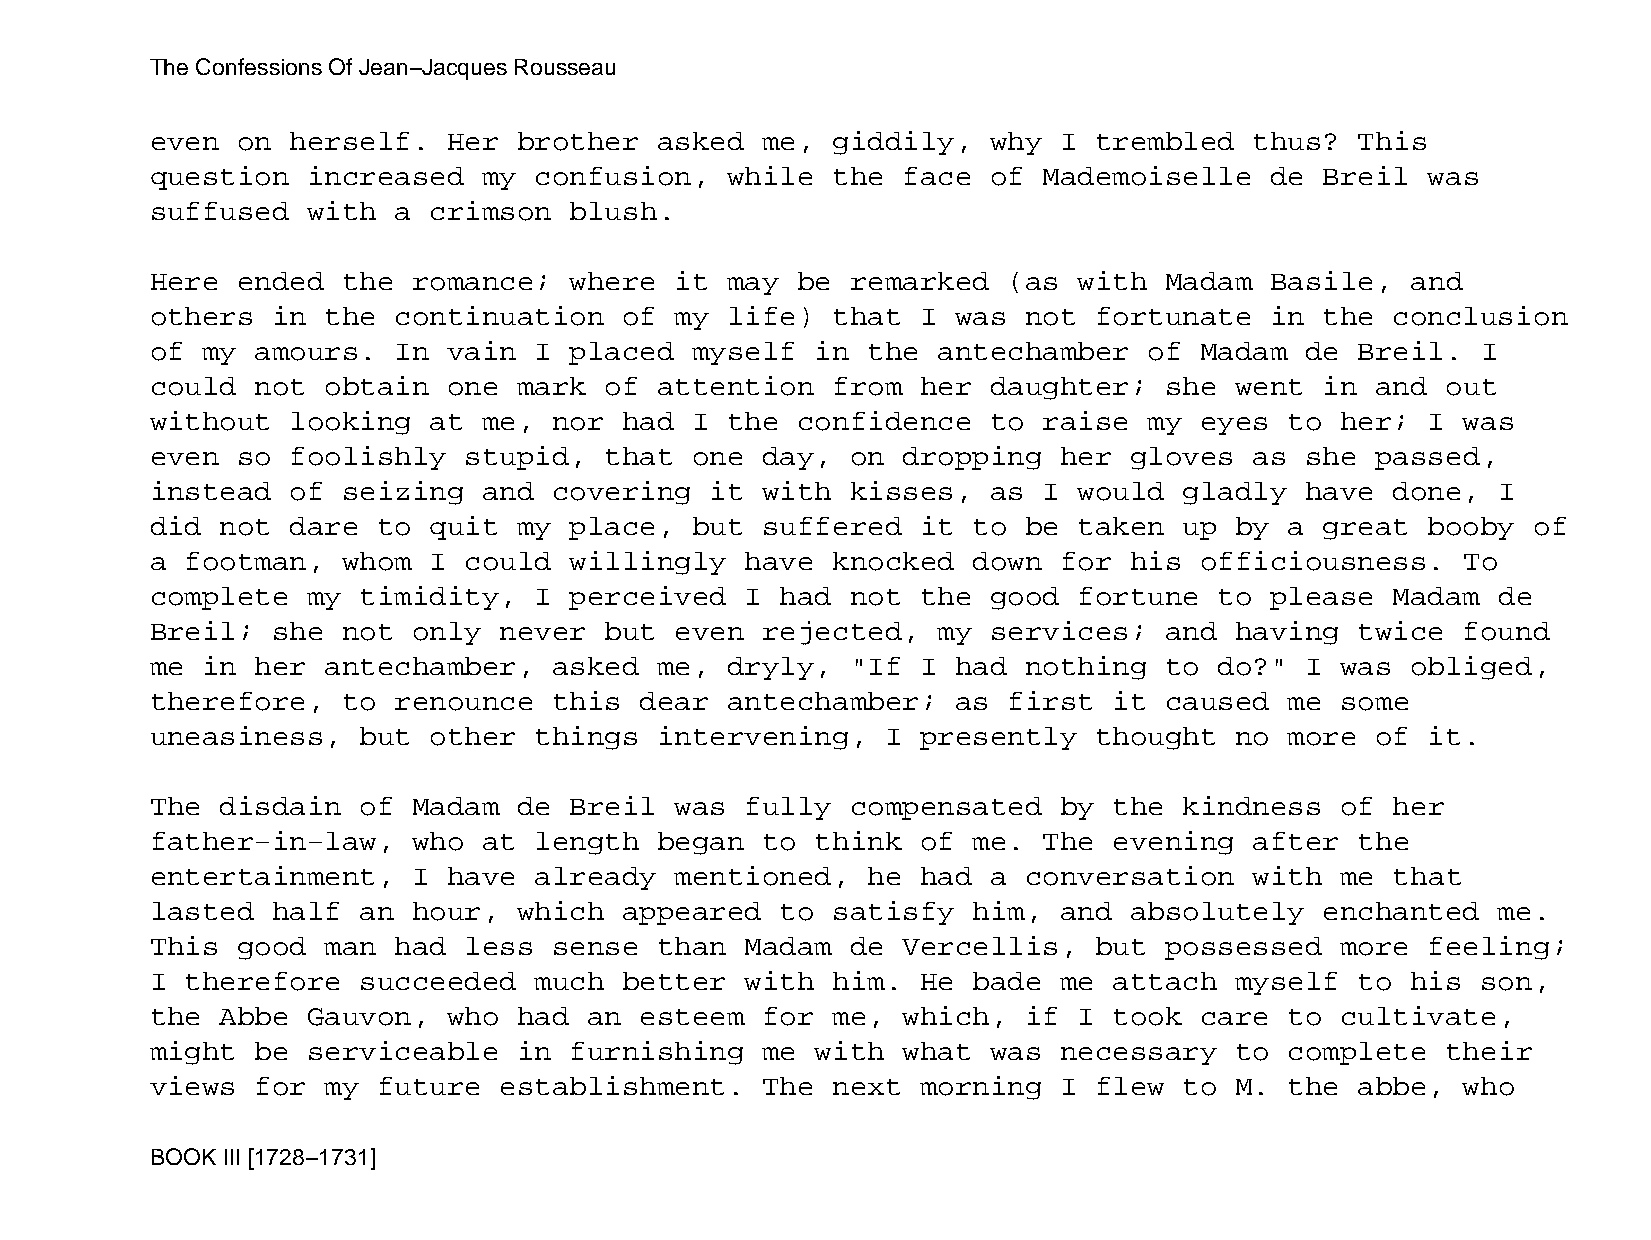
The Confessions Of Jean−Jacques Rousseau
 even  on herself.   Her brother   asked me,  giddily,   why I trembled   thus?  This
 question  increased   my confusion,   while  the  face  of Mademoiselle   de  Breil  was
 suffused  with  a crimson   blush.
 Here  ended  the romance;   where  it may  be remarked   (as with  Madam  Basile,  and
 others  in  the continuation   of  my life)  that  I was  not fortunate   in  the conclusion
 of my  amours.  In  vain I  placed  myself  in the  antechamber   of Madam  de  Breil.  I
 could  not  obtain  one mark  of  attention  from  her  daughter;  she  went  in and  out
 without  looking  at  me,  nor had  I the  confidence   to raise  my eyes  to  her;  I was
 even  so foolishly   stupid,  that  one day,  on  dropping  her  gloves  as she  passed,
 instead  of  seizing  and  covering  it with  kisses,   as I would  gladly  have  done,  I
 did  not dare  to quit  my  place,  but suffered   it to  be taken  up  by a  great  booby of
 a footman,   whom I  could  willingly  have  knocked  down  for  his officiousness.    To
 complete  my  timidity,  I  perceived  I  had not  the  good fortune   to please  Madam  de
 Breil;  she  not only  never  but  even rejected,   my  services;  and  having  twice  found
 me in  her  antechamber,   asked  me, dryly,  "If  I had  nothing  to  do?" I  was obliged,
 therefore,   to renounce   this dear  antechamber;   as  first  it caused  me  some
 uneasiness,   but other  things   intervening,   I presently  thought   no more  of  it.
 The  disdain  of Madam  de  Breil  was fully  compensated   by  the kindness   of her
 father−in−law,   who  at length   began to  think  of me.  The  evening  after  the
 entertainment,   I  have already   mentioned,  he  had  a conversation   with  me that
 lasted  half  an hour,  which  appeared   to satisfy  him,  and  absolutely   enchanted  me.
 This  good  man had  less  sense  than Madam  de  Vercellis,  but  possessed   more  feeling;
 I therefore   succeeded  much  better  with  him.  He bade  me  attach  myself  to his  son,
 the  Abbe Gauvon,   who had  an esteem  for  me,  which,  if I  took care  to  cultivate,
 might  be serviceable   in  furnishing  me  with  what  was necessary   to complete   their
 views  for  my future  establishment.   The  next  morning  I flew  to  M. the  abbe,  who
 BOOK III [1728−1731]